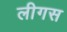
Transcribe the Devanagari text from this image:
लीगस